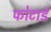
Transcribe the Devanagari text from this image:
फोटार्ड